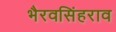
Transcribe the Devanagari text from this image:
भैरवसिंहराव